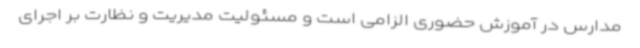
مدارس در آموزش حضوری الزامی است و مسئولیت مدیریت و نظارت بر اجرای